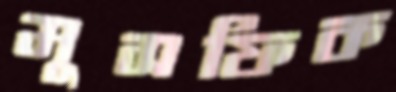
মুসফিক